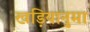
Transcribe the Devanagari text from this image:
खड़ियानुमा